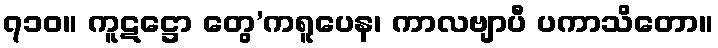
၇၁၀။ ကူဋဋ္ဌော တွေ’ကရူပေန၊ ကာလဗျာပီ ပကာသိတော။